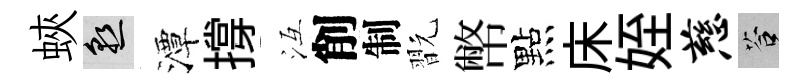
蛺熟潭撐冱削制翫幣點床姪慈答